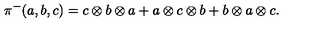
\pi ^ { - } ( a , b , c ) = c \otimes b \otimes a + a \otimes c \otimes b + b \otimes a \otimes c .